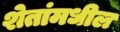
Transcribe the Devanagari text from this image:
शेतांमधील